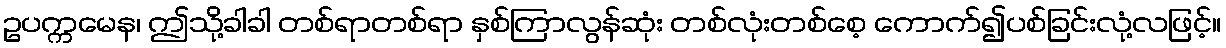
ဥပက္ကမေန၊ ဤသို့ခါခါ တစ်ရာတစ်ရာ နှစ်ကြာလွန်ဆုံး တစ်လုံးတစ်စေ့ ကောက်၍ပစ်ခြင်းလုံ့လဖြင့်။